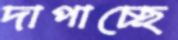
দাপাচ্ছে